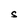
Character: S